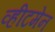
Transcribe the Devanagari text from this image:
व्हीटमेन